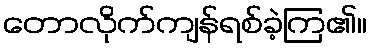
တောလိုက်ကျန်ရစ်ခဲ့ကြ၏။